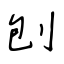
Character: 刨